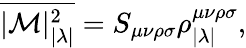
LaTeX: \overline{{{|{\cal M}|_{|\lambda|}^{2}}}}=S_{\mu\nu\rho\sigma}\rho_{|\lambda|}^{\mu\nu\rho\sigma},